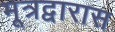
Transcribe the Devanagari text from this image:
मूत्रद्वारास